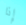
إذا